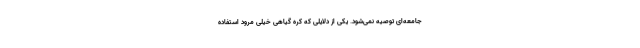
جامعه‌ای توصیه نمی‌شود. یکی از دلایلی که کره گیاهی خیلی مرود استفاده